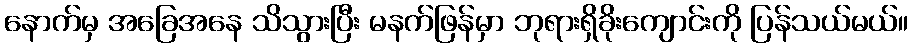
နောက်မှ အခြေအနေ သိသွားပြီး မနက်ဖြန်မှာ ဘုရားရှိခိုးကျောင်းကို ပြန်သယ်မယ်။